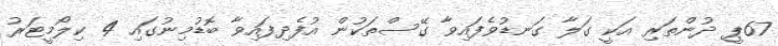
67ޕީ ދުންތަރި އަކީ ގަލާ ގަނޑުވެފައިވާ ގޭސްތަކުން އުފެދިފައިވާ ބޮޑުމިނުގައި 4 ކިލޯމީޓަރު